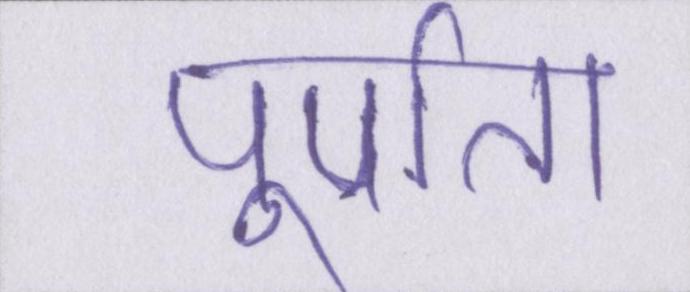
पूर्णता